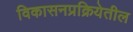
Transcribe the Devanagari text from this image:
विकासनप्रक्रियेतील